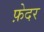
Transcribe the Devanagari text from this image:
फ़ेदर